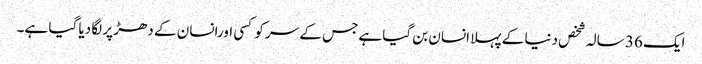
ایک 36 سالہ شخص دنیا کے پہلا انسان بن گیا ہےجس کے سر کو کسی اورانسان کے دھڑ پر لگا دیا گیا ہے۔